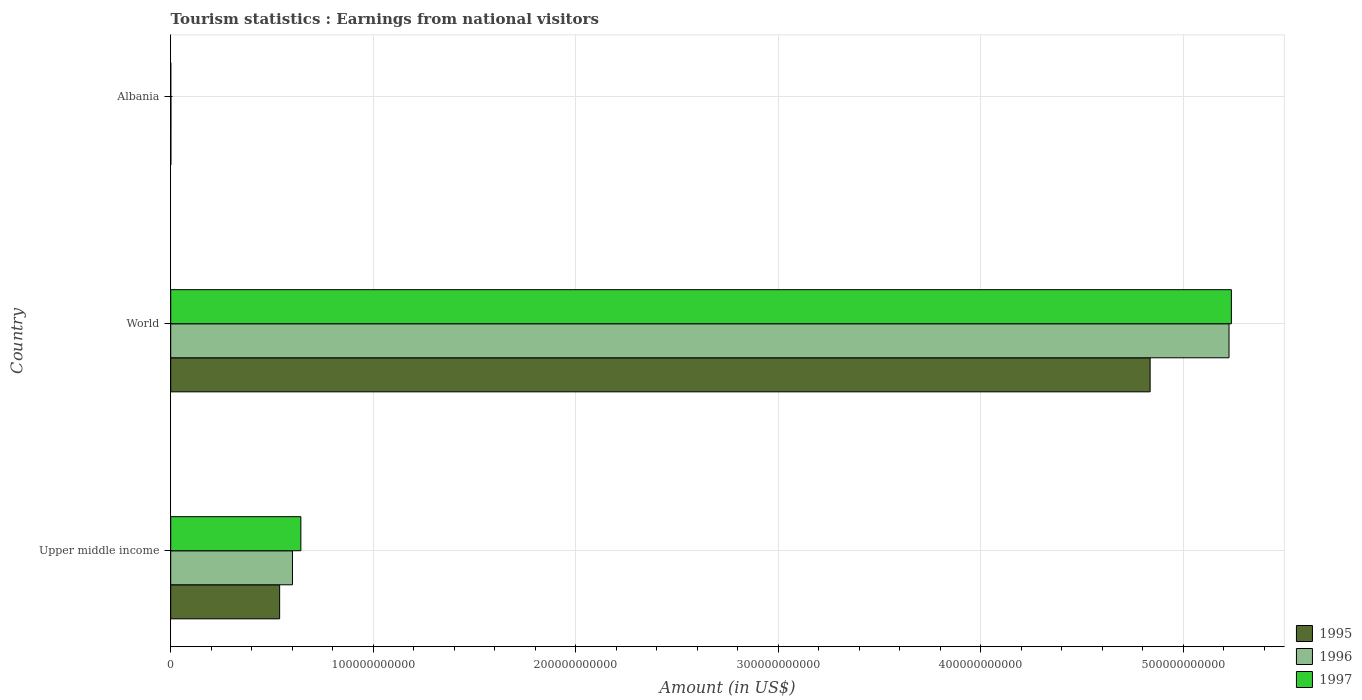
| Country | 1995 | 1996 | 1997 |
 | --- | --- | --- | --- |
 | Upper middle income | 5.38e+10 | 6.01e+10 | 6.43e+10 |
 | World | 4.84e+11 | 5.23e+11 | 5.24e+11 |
 | Albania | 7.04e+07 | 9.38e+07 | 3.36e+07 |